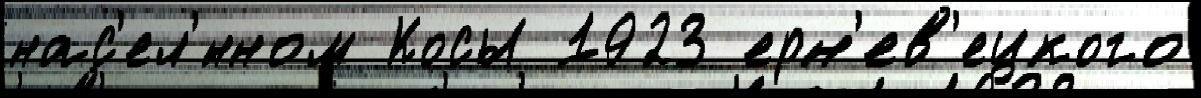
нас'ел'́нном Косы 1923 ерн'ев'ецкого